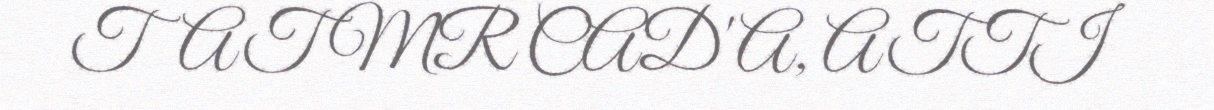
TAT MR CAD'A, ATTI